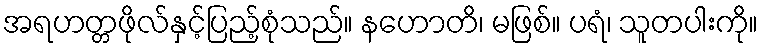
အရဟတ္တဖိုလ်နှင့်ပြည့်စုံသည်။ နဟောတိ၊ မဖြစ်။ ပရံ၊ သူတပါးကို။